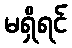
မရှိရင်